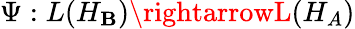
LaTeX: \Psi:L(H_{\mathbf{B}})\rightarrowL(H_{A})